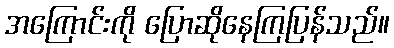
အကြောင်းကို ပြောဆိုနေကြပြန်သည်။